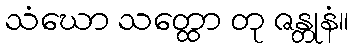
သံဃော သတ္ထော တု ဇန္တုနံ။